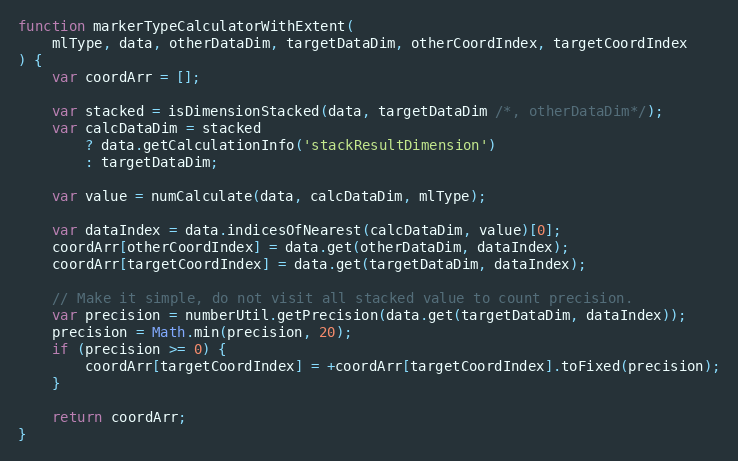
Language: JavaScript
function markerTypeCalculatorWithExtent(
    mlType, data, otherDataDim, targetDataDim, otherCoordIndex, targetCoordIndex
) {
    var coordArr = [];

    var stacked = isDimensionStacked(data, targetDataDim /*, otherDataDim*/);
    var calcDataDim = stacked
        ? data.getCalculationInfo('stackResultDimension')
        : targetDataDim;

    var value = numCalculate(data, calcDataDim, mlType);

    var dataIndex = data.indicesOfNearest(calcDataDim, value)[0];
    coordArr[otherCoordIndex] = data.get(otherDataDim, dataIndex);
    coordArr[targetCoordIndex] = data.get(targetDataDim, dataIndex);

    // Make it simple, do not visit all stacked value to count precision.
    var precision = numberUtil.getPrecision(data.get(targetDataDim, dataIndex));
    precision = Math.min(precision, 20);
    if (precision >= 0) {
        coordArr[targetCoordIndex] = +coordArr[targetCoordIndex].toFixed(precision);
    }

    return coordArr;
}